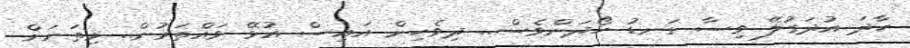
ހާދަ އުދަގުލޭ ވިސާ ގަނޑު ހޯދަންވެސް.. ދިވެހިން އައިސް އުޅޭ ވައްތަރުން.. މިތަނަށް